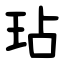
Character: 玷